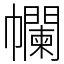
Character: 幱